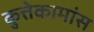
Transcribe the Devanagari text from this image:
कुत्तेकामांस